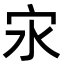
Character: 㲾